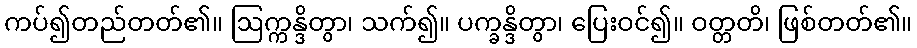
ကပ်၍တည်တတ်၏။ ဩက္ကန္ဒိတွာ၊ သက်၍။ ပက္ခန္ဒိတွာ၊ ပြေးဝင်၍။ ဝတ္တတိ၊ ဖြစ်တတ်၏။